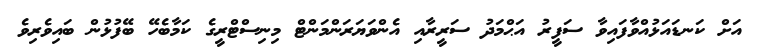
އަށް ކަނޑައަޅުއްވާފައިވާ ސަފީރު އަޙްމަދު ސަރީރާއި އެންވަޔަރަންމަންޓް މިނިސްޓްރީގެ ކަމާބެހޭ ބޭފުޅުން ބައިވެރިވެ